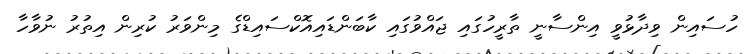
ހުސައިން ވިދާޅުވީ އިންސާނީ ތާރީހުގައި ޖައްވުގައި ކާބަންޑައިއޮކްސައިޑްގެ މިންވަރު ކުރިން އިތުރު ނުވާހާ